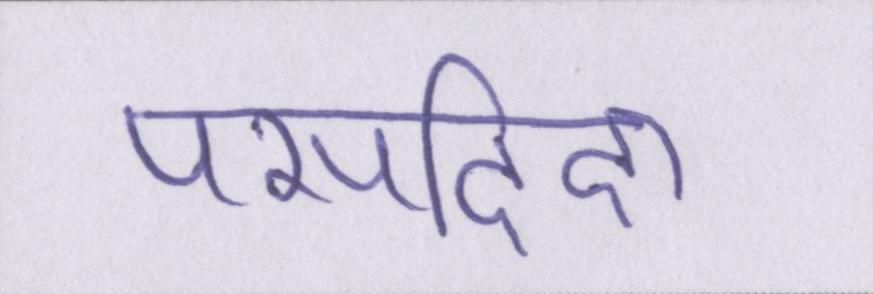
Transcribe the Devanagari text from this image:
पसदिदा